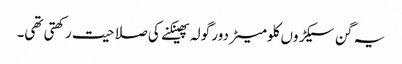
یہ گن سیکڑوں کلومیٹر دور گولہ پھینکنے کی صلاحیت رکھتی تھی۔